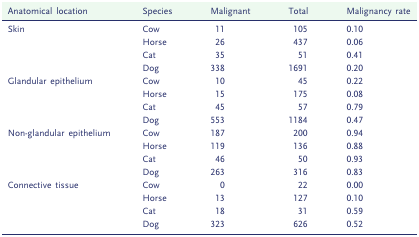
<table><thead><tr><td><b>Anatomical location</b></td><td><b>Species</b></td><td><b>Malignant</b></td><td><b>Total</b></td><td><b>Malignancy rate</b></td></tr></thead><tbody><tr><td rowspan="4">Skin</td><td>Cow</td><td>11</td><td>105</td><td>0.10</td></tr><tr><td>Horse</td><td>26</td><td>437</td><td>0.06</td></tr><tr><td>Cat</td><td>35</td><td>51</td><td>0.41</td></tr><tr><td>Dog</td><td>338</td><td>1691</td><td>0.20</td></tr><tr><td rowspan="4">Glandular epithelium</td><td>Cow</td><td>10</td><td>45</td><td>0.22</td></tr><tr><td>Horse</td><td>15</td><td>175</td><td>0.08</td></tr><tr><td>Cat</td><td>45</td><td>57</td><td>0.79</td></tr><tr><td>Dog</td><td>553</td><td>1184</td><td>0.47</td></tr><tr><td rowspan="4">Non-glandular epithelium</td><td>Cow</td><td>187</td><td>200</td><td>0.94</td></tr><tr><td>Horse</td><td>119</td><td>136</td><td>0.88</td></tr><tr><td>Cat</td><td>46</td><td>50</td><td>0.93</td></tr><tr><td>Dog</td><td>263</td><td>316</td><td>0.83</td></tr><tr><td rowspan="4">Connective tissue</td><td>Cow</td><td>0</td><td>22</td><td>0.00</td></tr><tr><td>Horse</td><td>13</td><td>127</td><td>0.10</td></tr><tr><td>Cat</td><td>18</td><td>31</td><td>0.59</td></tr><tr><td>Dog</td><td>323</td><td>626</td><td>0.52</td></tr></tbody></table>